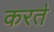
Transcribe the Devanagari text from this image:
करत॓